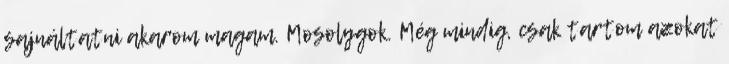
sajnáltatni akarom magam. Mosolygok. Még mindig, csak tartom azokat